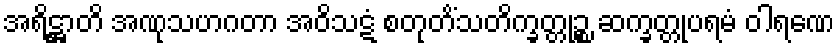
အရိဋ္ဌာတိ အဏုသဟဂတာ အဝိသဋံ စတုတိံသတိက္ခတ္တုဉ္စ ဆက္ခတ္တုပရမံ ဝါရဏေ